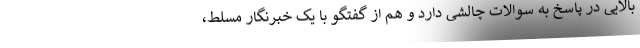
بالایی در پاسخ به سوالات چالشی دارد و هم از گفتگو با یک خبرنگار مسلط،